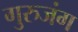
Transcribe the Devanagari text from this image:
गुरुजंग